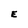
Character: E